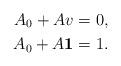
LaTeX: \begin{align*} A_0+A v&=0,\\ A_0+A \mathbf{1}&=1.\end{align*}